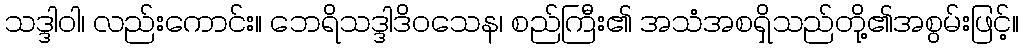
သဒ္ဒါဝါ၊ လည်းကောင်း။ ဘေရိသဒ္ဒါဒိဝသေန၊ စည်ကြီး၏ အသံအစရှိသည်တို့၏အစွမ်းဖြင့်။